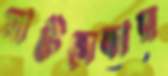
মার্টেসেকার